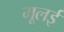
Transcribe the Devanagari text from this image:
मूलई